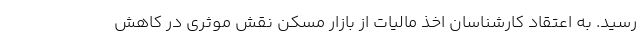
رسید. به اعتقاد کارشناسان اخذ مالیات از بازار مسکن نقش موثری در کاهش